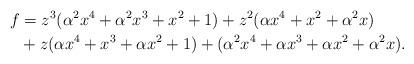
LaTeX: \begin{align*}f &= z^3 (\alpha^2 x^{4} + \alpha^2 x^{3} + x^{2} + 1) + z^2 (\alpha x^{4} + x^{2} + \alpha^2 x) \\&+ z (\alpha x^{4} + x^{3} + \alpha x^{2} + 1) + (\alpha^2 x^{4} + \alpha x^{3} + \alpha x^{2} + \alpha^2 x).\end{align*}